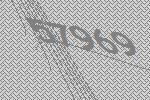
57969